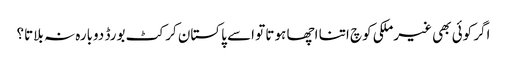
اگر کوئی بھی غیرملکی کوچ اتنا اچھا ہوتا تو اسے پاکستان کرکٹ بورڈ دوبارہ نہ بلاتا؟